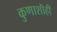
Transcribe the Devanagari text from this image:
कुणाशॊही